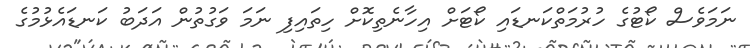
ނަމަވެސް ކޯޓުގެ ހުރުމަތްކަނޑައި ކޯޓަށް އިހާނެތިކޮށް ހިތައިފި ނަމަ ވަގުތުން އަދަބު ކަނޑައެޅުމުގެ